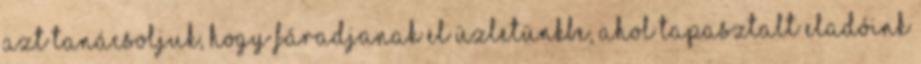
Azt tanácsoljuk, hogy fáradjanak el üzletünkbe, ahol tapasztalt eladóink